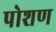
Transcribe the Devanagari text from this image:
पोशण